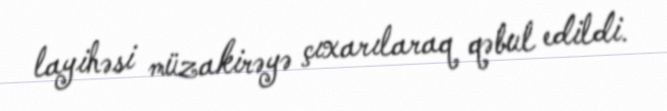
layihəsi müzakirəyə çıxarılaraq qəbul edildi.